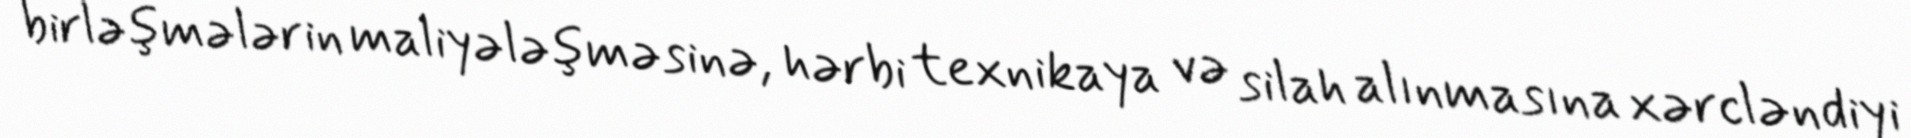
birləşmələrin maliyələşməsinə, hərbi texnikaya və silah alınmasına xərcləndiyi